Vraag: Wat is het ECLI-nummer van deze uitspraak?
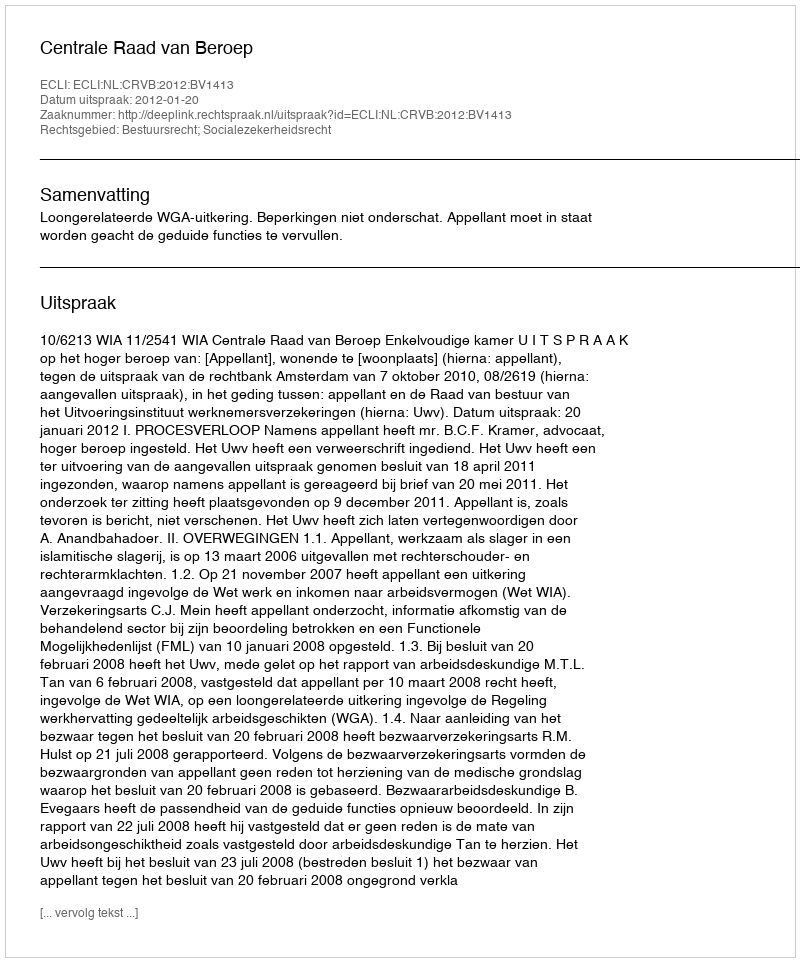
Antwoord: ECLI:NL:CRVB:2012:BV1413